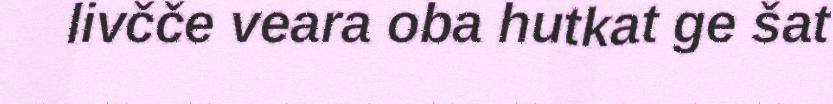
livčče veara oba hutkat ge šat